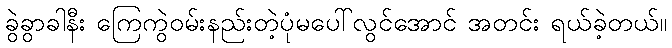
ခွဲခွာခါနီး ကြေကွဲဝမ်းနည်းတဲ့ပုံမပေါ်လွင်အောင် အတင်း ရယ်ခဲ့တယ်။